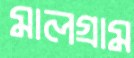
মালগ্রাম